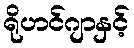
ရိုဟင်ဂျာနှင့်